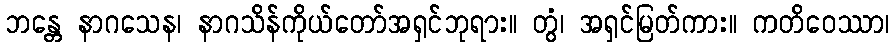
ဘန္တေ နာဂသေန၊ နာဂသိန်ကိုယ်တော်အရှင်ဘုရား။ တွံ၊ အရှင်မြတ်ကား။ ကတိဝေဿာ၊